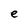
Character: e